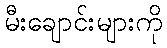
မီးချောင်းများကို